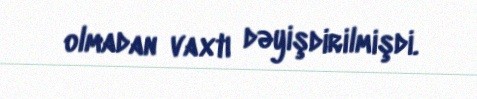
olmadan vaxtı dəyişdirilmişdi.